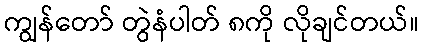
ကျွန်တော် တွဲနံပါတ် ၈ကို လိုချင်တယ်။